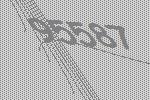
95587